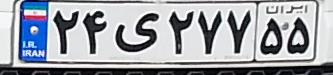
۲۴ی۲۷۷۵۵